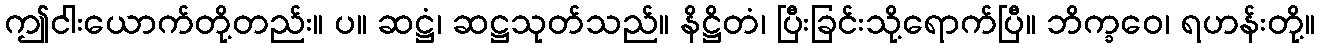
ဤငါးယောက်တို့တည်း။ ပ။ ဆဋ္ဌံ၊ ဆဋ္ဌသုတ်သည်။ နိဋ္ဌိတံ၊ ပြီးခြင်းသို့ရောက်ပြီ။ ဘိက္ခဝေ၊ ရဟန်းတို့။